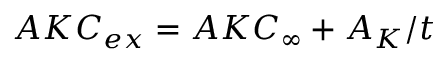
A K C _ { e x } = A K C _ { \infty } + A _ { K } / t